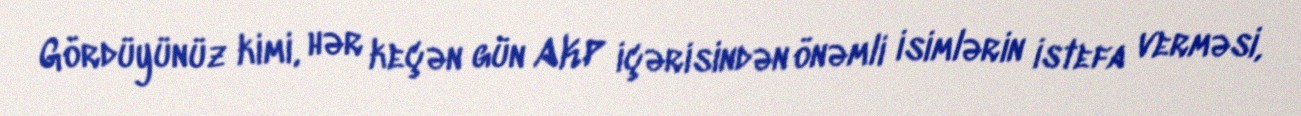
Gördüyünüz kimi, hər keçən gün AKP içərisindən önəmli isimlərin istefa verməsi,